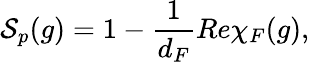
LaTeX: {\cal S}_{p}(g)=1-\frac{1}{d_{F}}Re\chi_{F}(g),